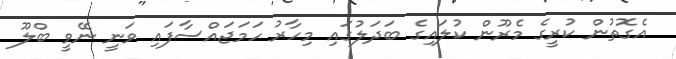
އެގޮތުން ކުރީގެ މެރޫން ކުލައިގެ ބަދަލުގައި މިހާރު ހަމަޖައްސާފައި ވަނީ ނޭވީ ބްލޫ